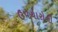
ઉપચારોની